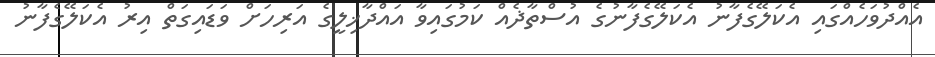
އެއްދުވަހެއްގައި އެކަލޭގެފާނު އެކަލޭގެފާނުގެ އުސްތާޛެއް ކަމުގައިވާ އައްދާޚިލީގެ އަރިހަށް ވަޑައިގަތް އިރު އެކަލޭގެފާނު